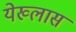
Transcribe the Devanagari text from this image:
येख्लास